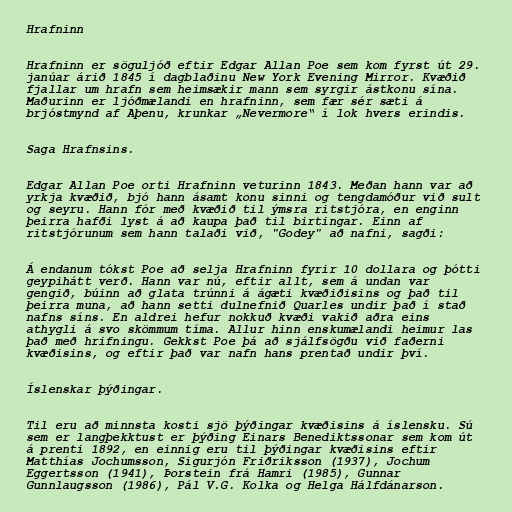
Hrafninn

Hrafninn er söguljóð eftir Edgar Allan Poe sem kom fyrst út 29.
janúar árið 1845 í dagblaðinu New York Evening Mirror. Kvæðið
fjallar um hrafn sem heimsækir mann sem syrgir ástkonu sína.
Maðurinn er ljóðmælandi en hrafninn, sem fær sér sæti á
brjóstmynd af Aþenu, krunkar „Nevermore“ í lok hvers erindis.

Saga Hrafnsins.

Edgar Allan Poe orti Hrafninn veturinn 1843. Meðan hann var að
yrkja kvæðið, bjó hann ásamt konu sinni og tengdamóður við sult
og seyru. Hann fór með kvæðið til ýmsra ritstjóra, en enginn
þeirra hafði lyst á að kaupa það til birtingar. Einn af
ritstjórunum sem hann talaði við, "Godey" að nafni, sagði:

Á endanum tókst Poe að selja Hrafninn fyrir 10 dollara og þótti
geypihátt verð. Hann var nú, eftir allt, sem á undan var
gengið, búinn að glata trúnni á ágæti kvæðiðisins og það til
þeirra muna, að hann setti dulnefnið Quarles undir það í stað
nafns síns. En aldrei hefur nokkuð kvæði vakið aðra eins
athygli á svo skömmum tíma. Allur hinn enskumælandi heimur las
það með hrifningu. Gekkst Poe þá að sjálfsögðu við faðerni
kvæðisins, og eftir það var nafn hans prentað undir því.

Íslenskar þýðingar.

Til eru að minnsta kosti sjö þýðingar kvæðisins á íslensku. Sú
sem er langþekktust er þýðing Einars Benediktssonar sem kom út
á prenti 1892, en einnig eru til þýðingar kvæðisins eftir
Matthías Jochumsson, Sigurjón Friðriksson (1937), Jochum
Eggertsson (1941), Þorstein frá Hamri (1985), Gunnar
Gunnlaugsson (1986), Pál V.G. Kolka og Helga Hálfdánarson.